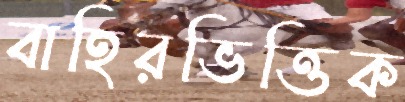
বাহিরভিত্তিক